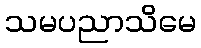
သမပညာသိမေ